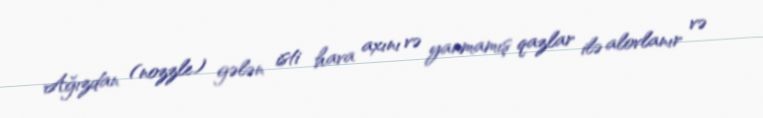
Ağızdan (nozzle) gələn isti hava axını və yanmamış qazlar ilə alovlanır və